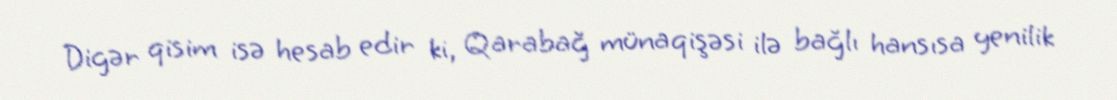
Digər qisim isə hesab edir ki, Qarabağ münaqişəsi ilə bağlı hansısa yenilik